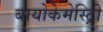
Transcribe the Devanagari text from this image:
बायोकेमेस्ट्रिी